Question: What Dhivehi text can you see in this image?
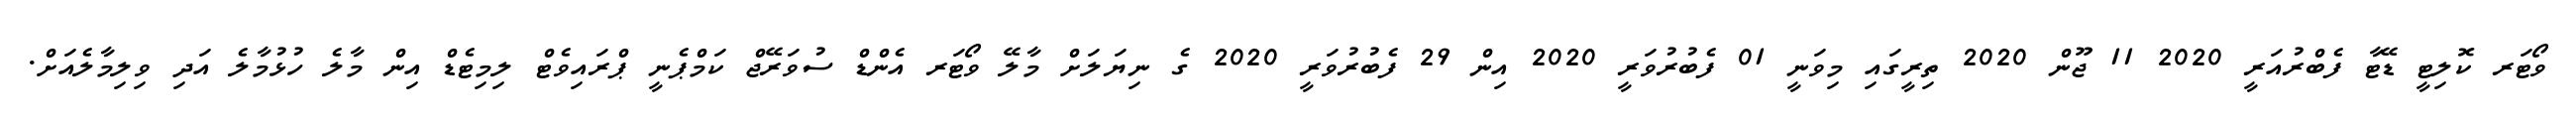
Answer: ވޯޓަރ ކޮލިޓީ ޑޭޓާ ފެބްރުއަރީ 2020 11 ޖޫން 2020 ތިރީގައި މިވަނީ 01 ފެބުރުވަރީ 2020 އިން 29 ފެބުރުވަރީ 2020 ގެ ނިޔަލަށް މާލޭ ވޯޓަރ އެންޑް ސުވަރޭޖް ކަމްޕެނީ ޕްރައިވެޓް ލިމިޓެޑް އިން މާލެ ހުޅުމާލެ އަދި ވިލިމާލެއަށް.